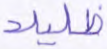
ظليلا